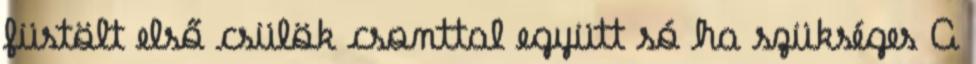
füstölt első csülök csonttal együtt só ha szükséges A